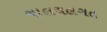
ચાલચલગત